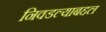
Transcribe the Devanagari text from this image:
निवडल्याबद्दल